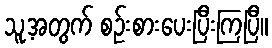
သူ့အတွက် စဉ်းစားပေးပြီးကြပြီ။